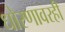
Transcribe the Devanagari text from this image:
धोरणावरही